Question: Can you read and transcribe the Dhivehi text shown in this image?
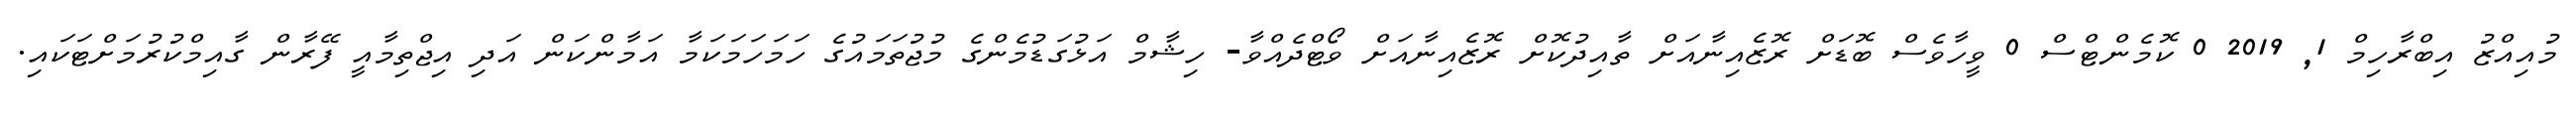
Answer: މުއިއްޒު އިބްރާހިމް 1, 2019 0 ކޮމެންޓްސް 0 ވީހާވެސް ބޮޑަށް ރޮޒެއިނާއަށް ތާއިދުކޮށް ރޮޒެއިނާއަށް ވޯޓްދެއްވާ- ހިޝާމް އަޅުގަޑުމެންގެ މުޖުތަމައުގެ ހަމަހަމަކަމާ އަމާންކަން އަދި އިޖްތިމާއީ ފޭރާން ގާއިމްކުރުމަށްޓަކައި.